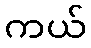
ကယ်